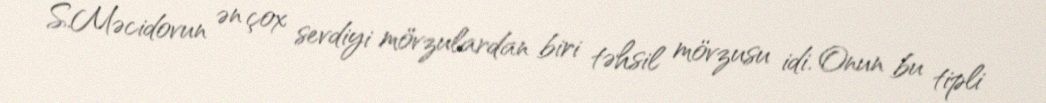
S.Məcidovun ən çox sevdiyi mövzulardan biri təhsil mövzusu idi. Onun bu tipli